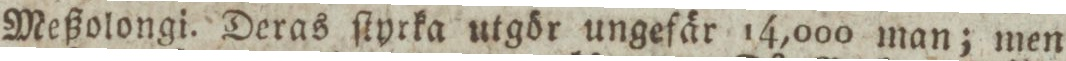
Meßolongi. Deras ſtyrka utgör ungefär 14,000 man; men